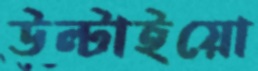
উল্‌টাইয়ো